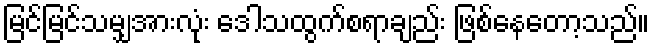
မြင်မြင်သမျှအားလုံး ဒေါသထွက်စရာချည်း ဖြစ်နေတော့သည်။